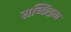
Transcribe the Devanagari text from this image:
सच्छिद्रता